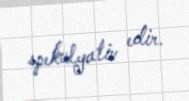
spekulyativ edir.